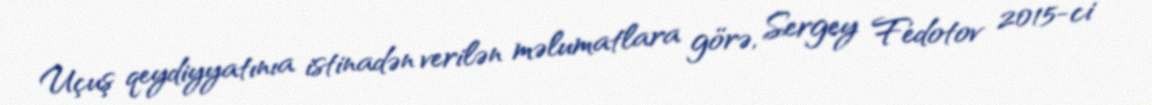
Uçuş qeydiyyatınıa istinadən verilən məlumatlara görə, Sergey Fedotov 2015-ci